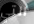
التي